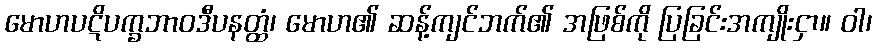
မောဟပဋိပက္ခဘာဝဒီပနတ္ထံ၊ မောဟ၏ ဆန့်ကျင်ဘက်၏ အဖြစ်ကို ပြခြင်းအကျိုးငှာ။ ဝါ၊